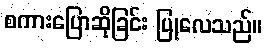
စကားပြောဆိုခြင်း ပြုလေသည်။